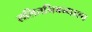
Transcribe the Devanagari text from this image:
ललितनिबन्धाश्च